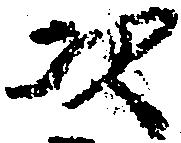
次